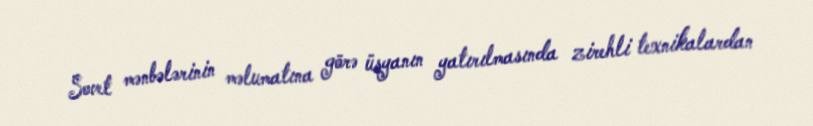
Sovet mənbələrinin məlumatına görə üsyanın yatırılmasında zirehli texnikalardan